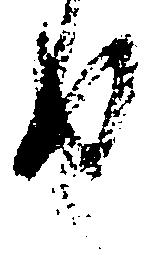
也